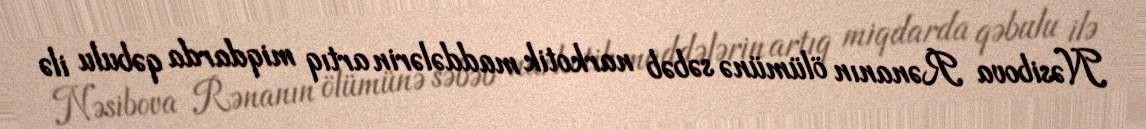
Nəsibova Rənanın ölümünə səbəb narkotik maddələrin artıq miqdarda qəbulu ilə